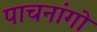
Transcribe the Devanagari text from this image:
पाचनांगो